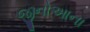
જીનોઆના